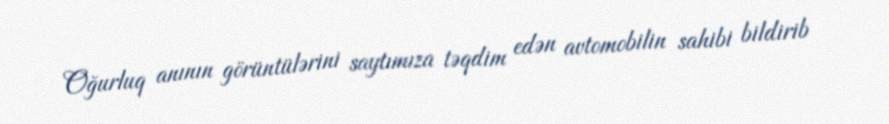
Oğurluq anının görüntülərini saytımıza təqdim edən avtomobilin sahibi bildirib